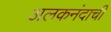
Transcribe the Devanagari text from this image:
अलकनंदाची